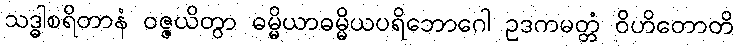
သဒ္ဓါစရိတာနံ ဝဇ္ဇယိတွာ ဓမ္မိယာဓမ္မိယပရိဘောဂေါ ဥဒကမတ္တံ ဝိဟိတောတိ